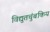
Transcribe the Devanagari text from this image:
विद्युतचुंबकिय